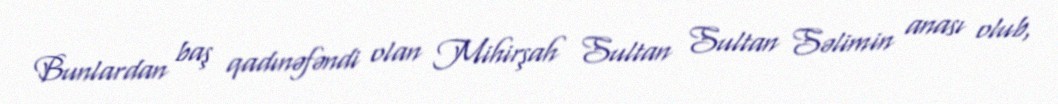
Bunlardan baş qadınəfəndi olan Mihirşah Sultan Sultan Səlimin anası olub,